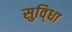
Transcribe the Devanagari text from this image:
सुवि्धा